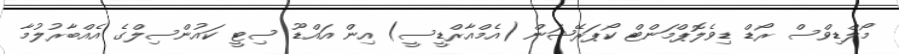
މޯލްޑިވްސް ރޯޑް ޑިވެލޮޕްމަންޓް ކޯޕަރޭޝަން (އެމްއާރްޑީސީ) އިން އައްޑޫ ސިޓީ ކައުންސިލްގެ އެއްބާރުލުމާ